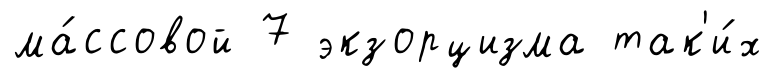
ма́ссовой 7 экзорцизма так'и́х